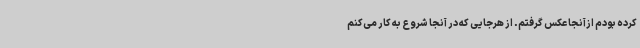
کرده بودم ازآنجا عکس گرفتم. از هرجایی که در آنجا شروع به کار می‌کنم